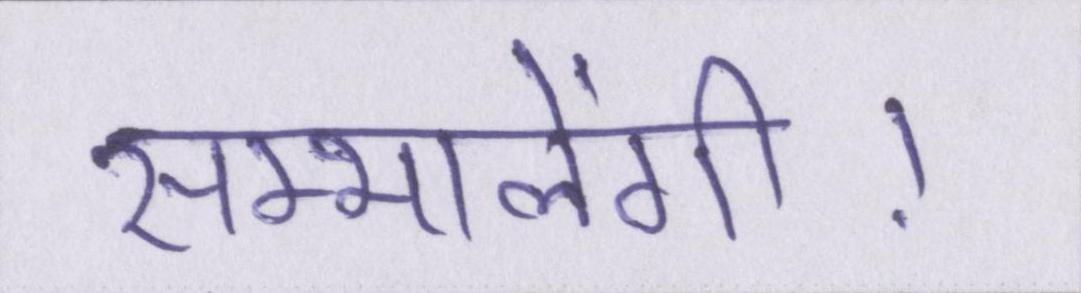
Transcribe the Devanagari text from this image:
सम्भालेंगी।